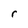
Character: r